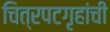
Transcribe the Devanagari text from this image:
चित्रपटगृहांची